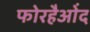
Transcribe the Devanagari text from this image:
फोरहैओंद